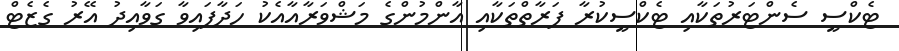
ޓެކްސީ ސެންޓަރުތަކާއި ޓެކްސީކުރާ ފަރާތްތަކާއި އާންމުންގެ މަޝްވަރާއާއެކު ހަދާފައިވާ ގަވާއިދު އޭރު ގެޒެޓް